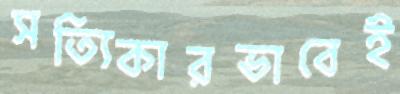
সত্যিকারভাবেই